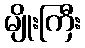
မျိုးကြီး